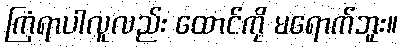
ကြံရာပါလူလည်း ထောင်ကို မရောက်ဘူး။